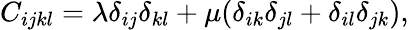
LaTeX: C_{ijkl}=\lambda\delta_{ij}\delta_{kl}+\mu(\delta_{ik}\delta_{jl}+\delta_{il}\delta_{jk}),